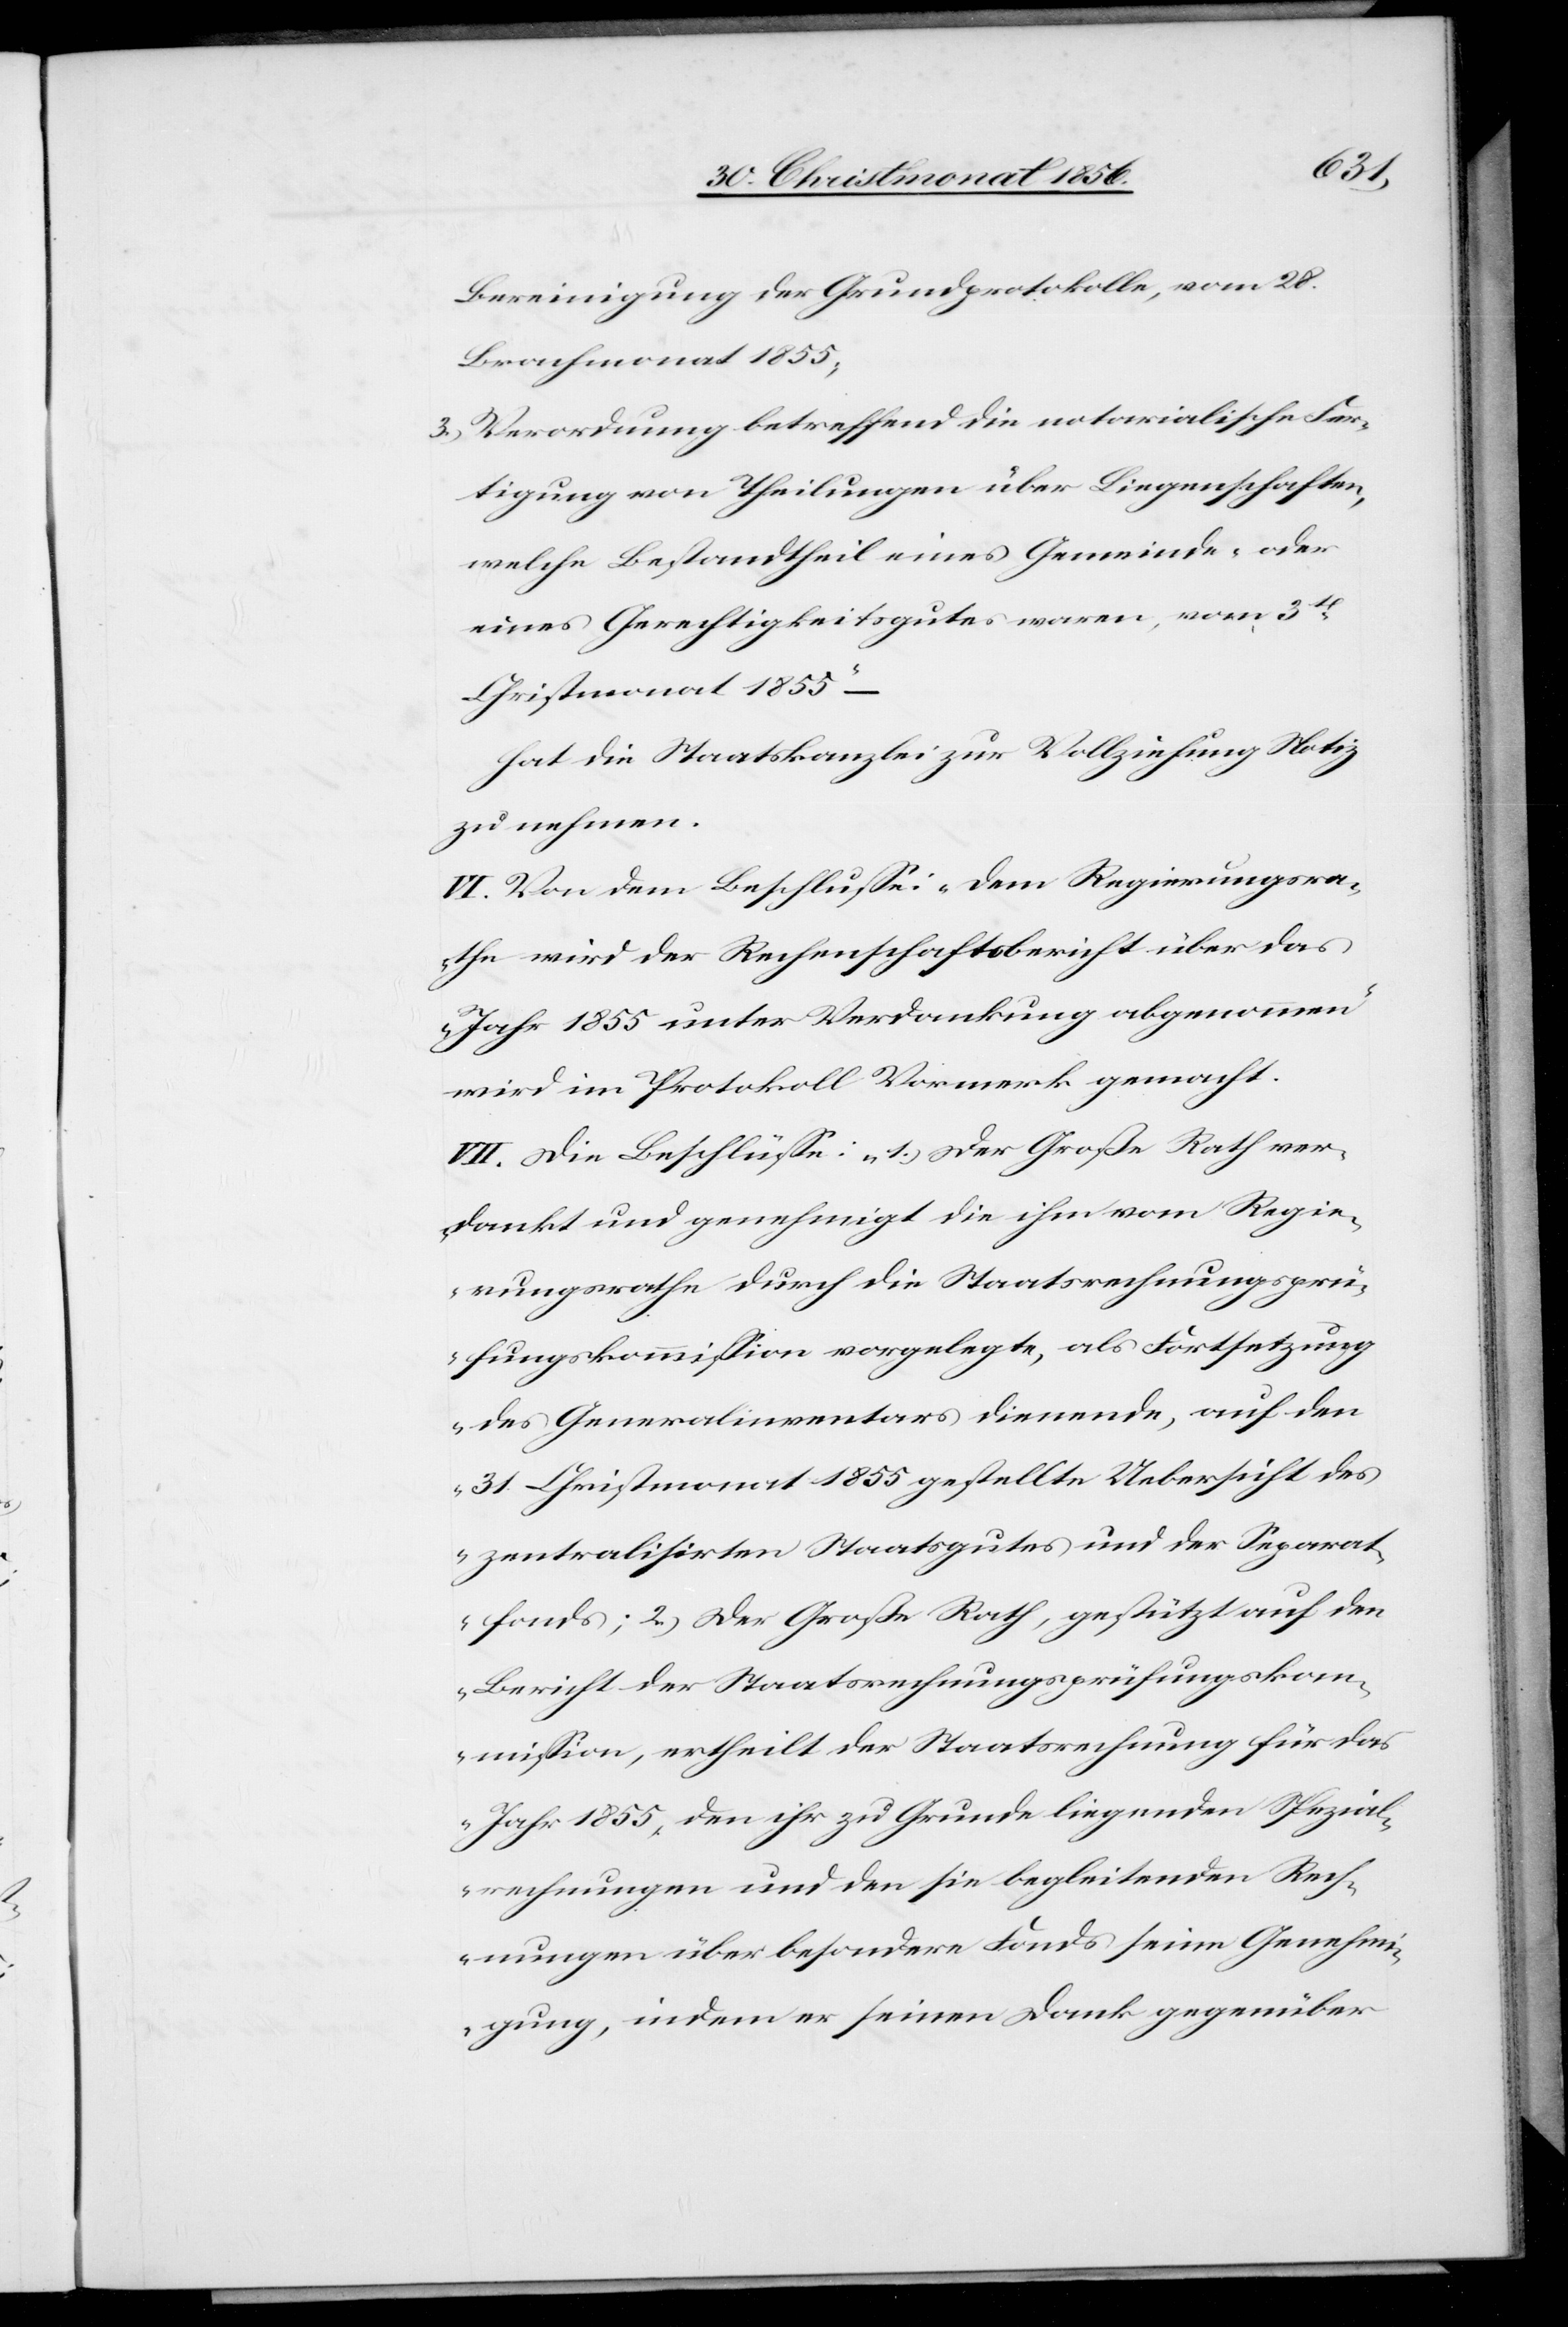
Bereinigung der Grundprotokolle, vom 28.
Brachmonat 1855;
3.) Verordnung betreffend die notarialische Fer¬
tigung von Theilungen über Liegenschaften,
welche Bestandtheil eines Gemeinde- oder
eines Gerechtigkeitsgutes waren, vom 3t
Christmonat 1855“ –
hat die Staatskanzlei zur Vollziehung Notiz
zu nehmen.
VI. Von dem Beschlusse: „Dem Regierungsra¬
the wird der Rechenschaftsbericht über das
Jahr 1855 unter Verdankung abgenommen“
wird im Protokoll Vormerk gemacht.
VII. Die Beschlüsse: „1.) Der Große Rath ver¬
dankt und genehmigt die ihm vom Regie¬
rungsrathe durch die Staatsrechnungsprü¬
fungskommission vorgelegte, als Fortsetzung
des Generalinventars dienende, auf den
31. Christmonat 1855 gestellte Uebersicht des
zentralisirten Staatsgutes und der Separat¬
fonds; 2.) Der Große Rath, gestützt auf den
Bericht der Staatsrechnungsprüfungskom¬
mission, ertheilt der Staatsrechnung für das
Jahr 1855, den ihr zu Grunde liegenden Spezial¬
rechnungen und den sie begleitenden Rech¬
nungen über besondere Fonds seine Genehmi¬
gung, indem er seinen Dank gegenüber